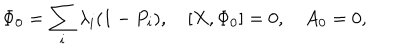
\Phi _ { 0 } = \sum _ { i } \lambda _ { i } ( 1 - P _ { i } ) , \quad [ X , \Phi _ { 0 } ] = 0 , \quad A _ { 0 } = 0 ,